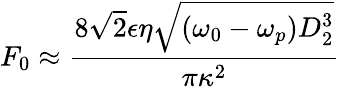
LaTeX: F_{0}\approx\frac{8\sqrt{2}\epsilon\eta\sqrt{\left(\omega_{0}-\omega_{p}\right)D_{2}^{3}}}{\pi\kappa^{2}}